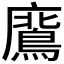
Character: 𭚊